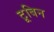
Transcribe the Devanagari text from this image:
टूबिन